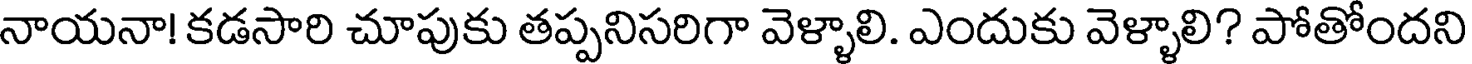
నాయనా! కడసారి చూపుకు తప్పనిసరిగా వెళ్ళాలి. ఎందుకు వెళ్ళాలి? పోతోందని